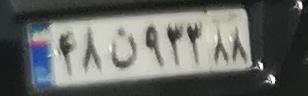
۴۸ن۹۳۲۸۸